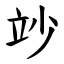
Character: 竗